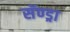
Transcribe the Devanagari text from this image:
सॅण्ड्रा